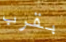
بقرب